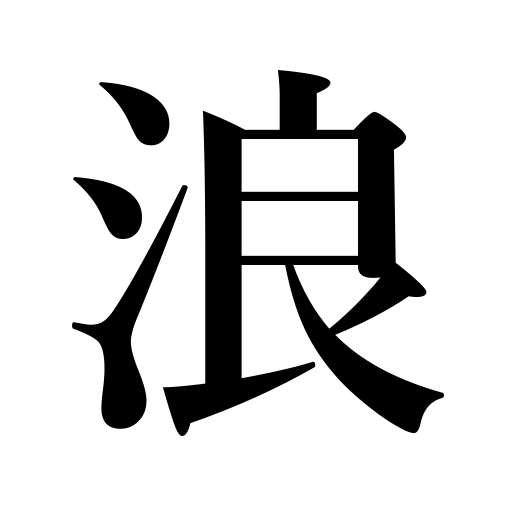
Meanings: billows,waves